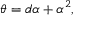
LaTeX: \theta = d \alpha + \alpha ^ { 2 } ,